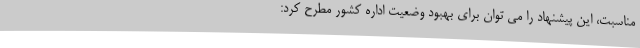
مناسبت، این پیشنهاد را می توان برای بهبود وضعیت اداره کشور مطرح کرد: